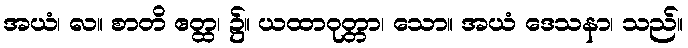
အယံ၊ လ။ စာတိ ဧတ္ထ၊ ၌။ ယထာဝုတ္တာ၊ သော။ အယံ ဒေသနာ၊ သည်။